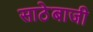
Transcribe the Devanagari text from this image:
साठेबाजी